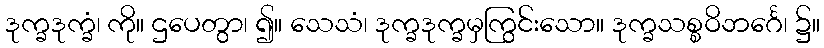
ဒုက္ခဒုက္ခံ၊ ကို။ ဌပေတွာ၊ ၍။ သေသံ၊ ဒုက္ခဒုက္ခမှကြွင်းသော။ ဒုက္ခသစ္စဝိဘင်္ဂေ၊ ၌။